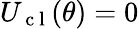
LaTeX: U_{\mathrm{~c~l~}}(\theta)=0